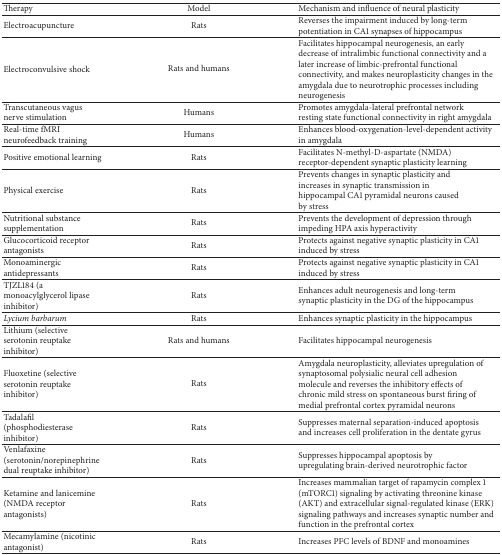
| Therapy | Model | Mechanism and influence of neural plasticity |
 | --- | --- | --- |
 | Electroacupuncture | Rats | Reverses the impairment induced by long-term potentiation in CA1 synapses of hippocampus |
 | Electroconvulsive shock | Rats and humans | Facilitates hippocampal neurogenesis, an early decrease of intralimbic functional connectivity and a later increase of limbic-prefrontal functional connectivity, and makes neuroplasticity changes in the amygdala due to neurotrophic processes including neurogenesis |
 | Transcutaneous vagus nerve stimulation | Humans | Promotes amygdala-lateral prefrontal network resting state functional connectivity in right amygdala |
 | Real-time fMRI neurofeedback training | Humans | Enhances blood-oxygenation-level-dependent activity in amygdala |
 | Positive emotional learning | Rats | Facilitates N-methyl-D-aspartate (NMDA) receptor-dependent synaptic plasticity learning |
 | Physical exercise | Rats | Prevents changes in synaptic plasticity and increases in synaptic transmission in hippocampal CA1 pyramidal neurons caused by stress |
 | Nutritional substance supplementation | Rats | Prevents the development of depression through impeding HPA axis hyperactivity |
 | Glucocorticoid receptor antagonists | Rats | Protects against negative synaptic plasticity in CA1 induced by stress |
 | Monoaminergic antidepressants | Rats | Protects against negative synaptic plasticity in CA1 induced by stress |
 | TJZL184 (a monoacylglycerol lipase inhibitor) | Rats | Enhances adult neurogenesis and long-term synaptic plasticity in the DG of the hippocampus |
 | Lycium barbarum | Rats | Enhances synaptic plasticity in the hippocampus |
 | Lithium (selective serotonin reuptake inhibitor) | Rats and humans | Facilitates hippocampal neurogenesis |
 | Fluoxetine (selective serotonin reuptake inhibitor) | Rats | Amygdala neuroplasticity, alleviates upregulation of synaptosomal polysialic neural cell adhesion molecule and reverses the inhibitory effects of chronic mild stress on spontaneous burst firing of medial prefrontal cortex pyramidal neurons |
 | Tadalafil (phosphodiesterase inhibitor) | Rats | Suppresses maternal separation-induced apoptosis and increases cell proliferation in the dentate gyrus |
 | Venlafaxine (serotonin/norepinephrine dual reuptake inhibitor) | Rats | Suppresses hippocampal apoptosis by upregulating brain-derived neurotrophic factor |
 | Ketamine and lanicemine (NMDA receptor antagonists) | Rats | Increases mammalian target of rapamycin complex 1 (mTORC1) signaling by activating threonine kinase (AKT) and extracellular signal-regulated kinase (ERK) signaling pathways and increases synaptic number and function in the prefrontal cortex |
 | Mecamylamine (nicotinic antagonist) | Rats | Increases PFC levels of BDNF and monoamines |